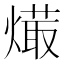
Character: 𤏱